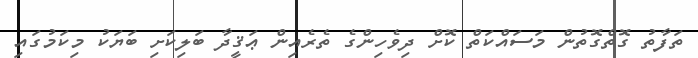
ތަފާތު ގޮތްގޮތުން މަސައްކަތް ކޮށް ދިވެހިންގެ ތެރެއިން ޢަޤީދާ ބަލިކަށި ބަޔަކު މިކަމުގައި